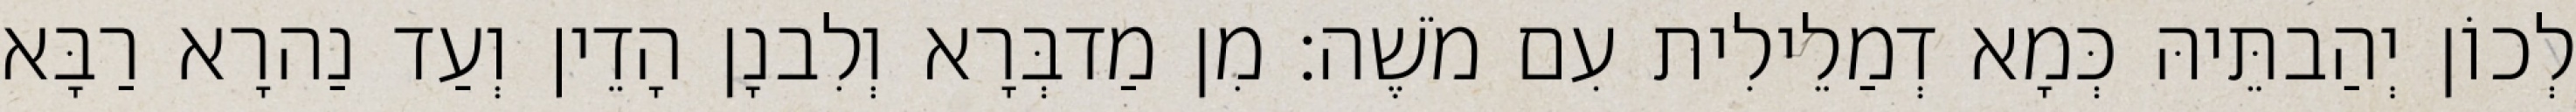
לְכוֹן יְהַבתֵּיהּ כְּמָא דְמַלֵילִית עִם מֹשֶׁה׃ מִן מַדבְּרָא וְלִבנָן הָדֵין וְעַד נַהרָא רַבָּא